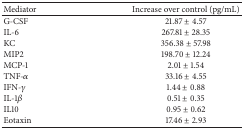
| Mediator | Increase over control (pg/mL) |
 | --- | --- |
 | G-CSF | 21.87 ± 4.57 |
 | IL-6 | 267.81 ± 28.35 |
 | KC | 356.38 ± 57.98 |
 | MIP2 | 198.70 ± 12.24 |
 | MCP-1 | 2.01 ± 1.54 |
 | TNF-α | 33.16 ± 4.55 |
 | IFN-γ | 1.44 ± 0.88 |
 | IL-1β | 0.51 ± 0.35 |
 | IL10 | 0.95 ± 0.62 |
 | Eotaxin | 17.46 ± 2.93 |